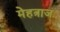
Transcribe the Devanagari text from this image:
मेहत्राज